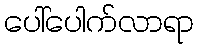
ပေါ်ပေါက်လာရာ